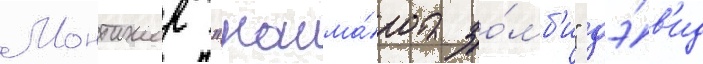
Монтажер "кошма́ра зо́мб'и" дэ́в'ид